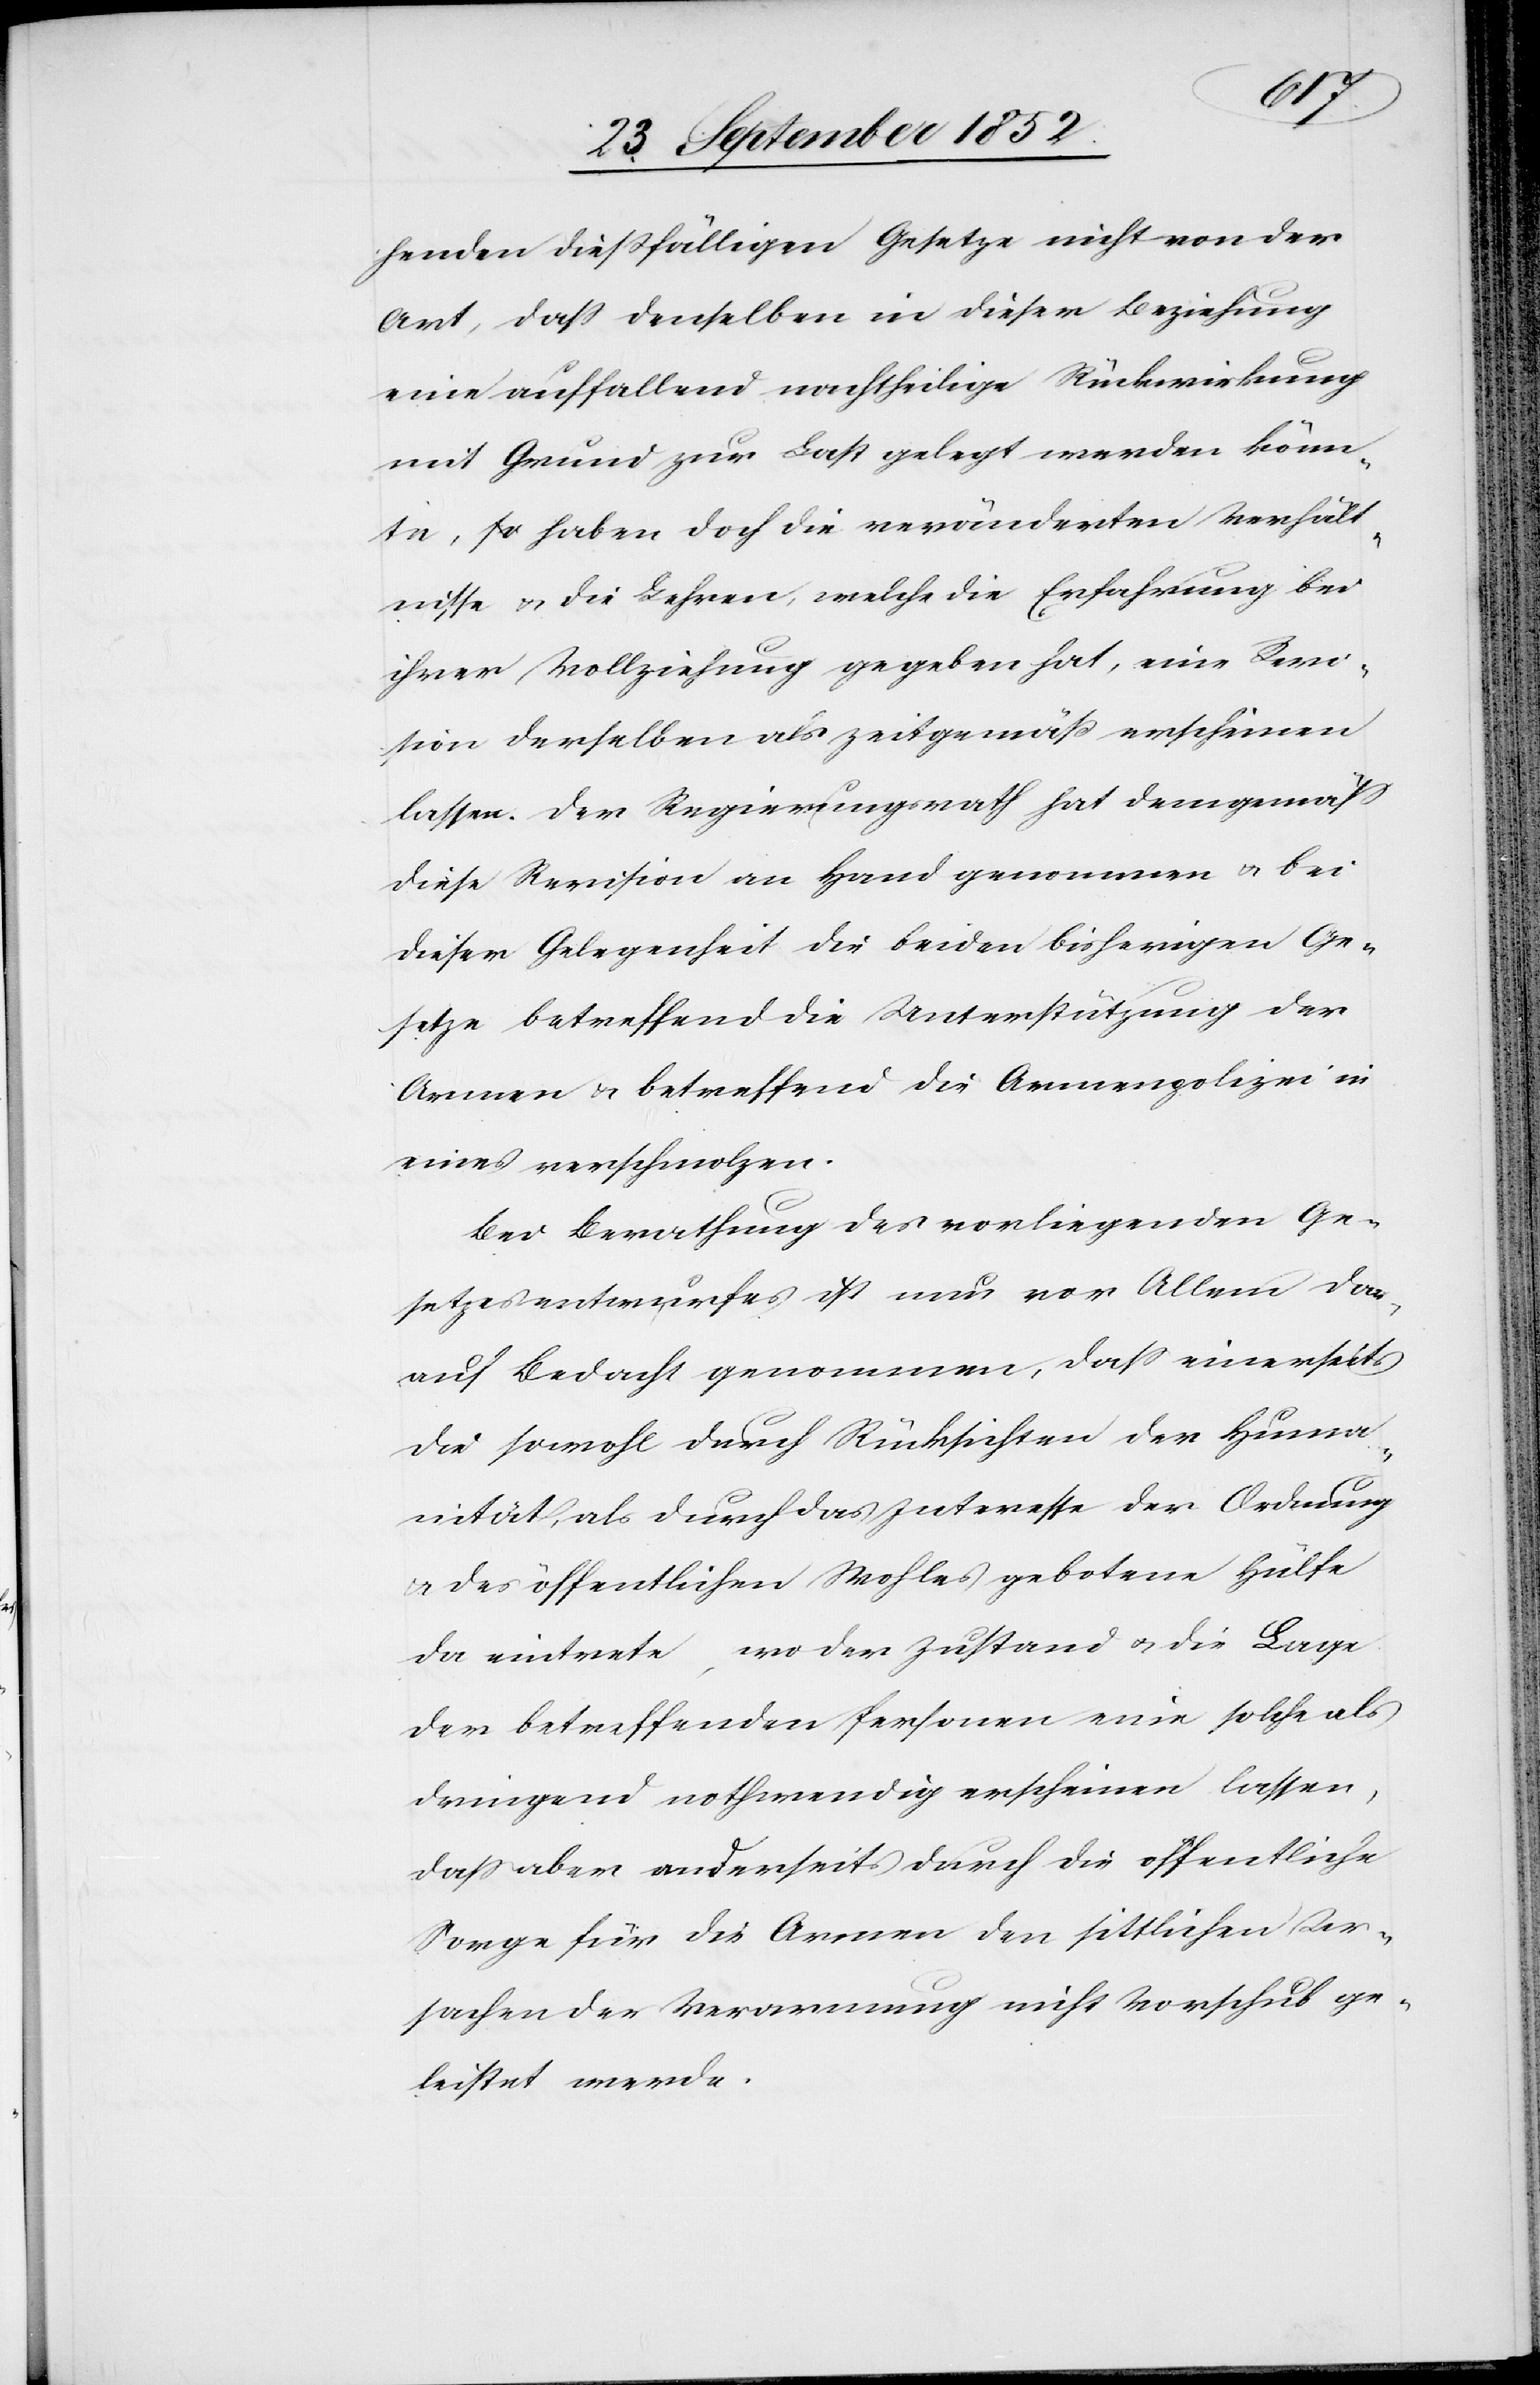
henden dießfälligen Gesetze nicht von der
Art, dass denselben in dieser Beziehung
eine auffallend nachtheilige Rückwirkung
mit Grund zur Last gelegt werden könn¬
te, so haben doch die veränderten Verhält¬
nisse & die Lehren, welche die Erfahrung bei
ihrer Vollziehung gegeben hat, eine Revi¬
sion derselben als zeitgemäß erscheinen
lassen. Der Regierungsrath hat demgemäss
diese Revision an Hand genommen & bei
dieser Gelegenheit die beiden bisherigen Ge¬
setze betreffend die Unterstützung der
Armen & betreffend die Armenpolizei in
eines verschmolzen.
Bei Berathung des vorliegenden Ge¬
setzesentwurfes ist nun vor Allem dar¬
auf Bedacht genommen, dass einerseits
die sowohl durch Rücksichten der Huma¬
nität, als durch das Interesse der Ordnung
& des öffentlichen Wohles gebotene Hülfe
da eintrete, wo der Zustand & die Lage
der betreffenden Personen eine solche als
dringend nothwendig erscheinen lassen,
dass aber anderseits durch die öffentliche
Sorge für die Armen den sittlichen Ur¬
sachen der Verarmung nicht Vorschub ge¬
leistet werde.